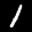
Label: 1